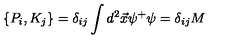
\{ P _ { i } , K _ { j } \} = \delta _ { i j } \int d ^ { 2 } \vec { x } \psi ^ { + } \psi = \delta _ { i j } M